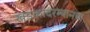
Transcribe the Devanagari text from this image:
खडकांदरम्यानचा